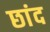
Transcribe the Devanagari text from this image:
छांद